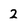
Character: 2